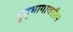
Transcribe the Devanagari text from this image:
पृष्ठ्भागावरील